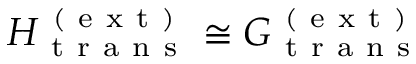
H _ { \mathrm { ~ t ~ r ~ a ~ n ~ s ~ } } ^ { \mathrm { ~ ( ~ e ~ x ~ t ~ ) ~ } } \cong G _ { \mathrm { ~ t ~ r ~ a ~ n ~ s ~ } } ^ { \mathrm { ~ ( ~ e ~ x ~ t ~ ) ~ } }